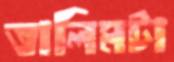
তালিমটা